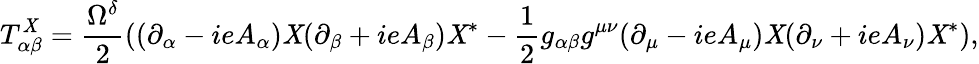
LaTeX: T_{\alpha\beta}^{\mathit{X}}=\frac{{\Omega^{\delta}}}{{2}}((\partial_{\alpha}-ieA_{\alpha})\mathit{X}(\partial_{\beta}+ieA_{\beta})\mathit{X}^{*}-\frac{{1}}{{2}}g_{\alpha\beta}g^{\mu\nu}(\partial_{\mu}-ieA_{\mu})\mathit{X}(\partial_{\nu}+ieA_{\nu})\mathit{X}^{*}),